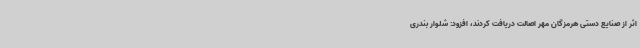
اثر از صنایع دستی هرمزگان مهر اصالت دریافت کردند، افزود: شلوار بندری